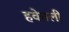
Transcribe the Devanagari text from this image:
हवेतली